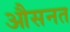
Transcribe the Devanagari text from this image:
औसनत